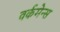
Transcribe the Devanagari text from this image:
वर्कमेन्स